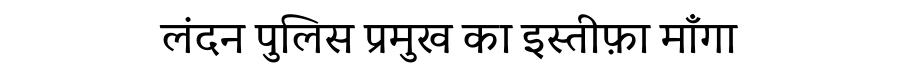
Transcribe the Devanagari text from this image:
लंदन पुलिस प्रमुख का इस्तीफ़ा माँगा